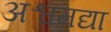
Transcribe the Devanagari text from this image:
अश्वमद्या